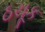
ઠચૂક